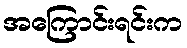
အကြောင်းရင်းက